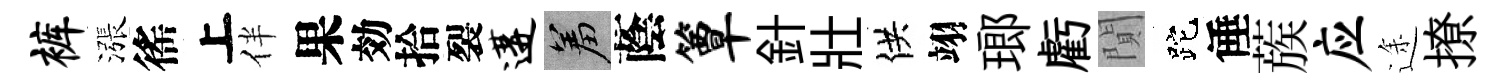
裤漲徭上伴果効拾裂遘羞蔭簟針壯供翊瑯虧閴跎倕蔟应途撩